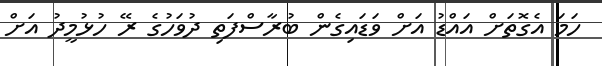
ހަމަ އެގޮތަށް އައްޑު އަށް ވަޑައިގެން ބުރާސްފަތި ދުވަހުގެ ރޭ ހުޅުމީދު އަށް